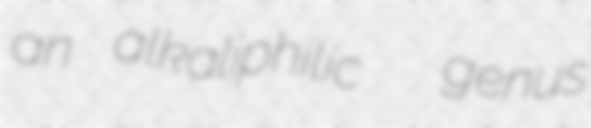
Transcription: an alkaliphilic  genus